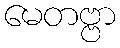
မေတဗ္ဗာ